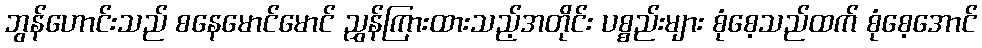
ဘွန်ဟောင်းသည် စနေမောင်မောင် ညွှန်ကြားထားသည့်အတိုင်း ပစ္စည်းများ စုံစေ့သည်ထက် စုံစေ့အောင်